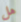
هل